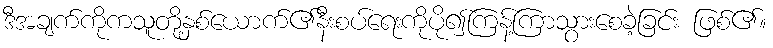
ဒီအချက်ကိုကသူတို့နှစ်ယောက်၏နီးစပ်ရေးကိုပို၍ကြန့်ကြာသွားစေခဲ့ခြင်း ဖြစ်၏။